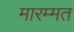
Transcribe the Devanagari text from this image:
मारम्मत